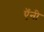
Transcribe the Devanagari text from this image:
ऍनी